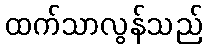
ထက်သာလွန်သည်